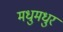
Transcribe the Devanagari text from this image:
मधुमधुर